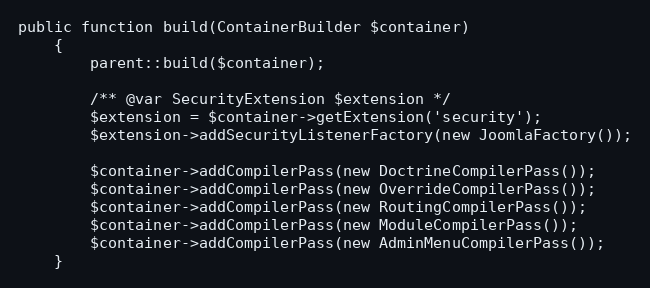
Language: PHP
public function build(ContainerBuilder $container)
    {
        parent::build($container);

        /** @var SecurityExtension $extension */
        $extension = $container->getExtension('security');
        $extension->addSecurityListenerFactory(new JoomlaFactory());

        $container->addCompilerPass(new DoctrineCompilerPass());
        $container->addCompilerPass(new OverrideCompilerPass());
        $container->addCompilerPass(new RoutingCompilerPass());
        $container->addCompilerPass(new ModuleCompilerPass());
        $container->addCompilerPass(new AdminMenuCompilerPass());
    }